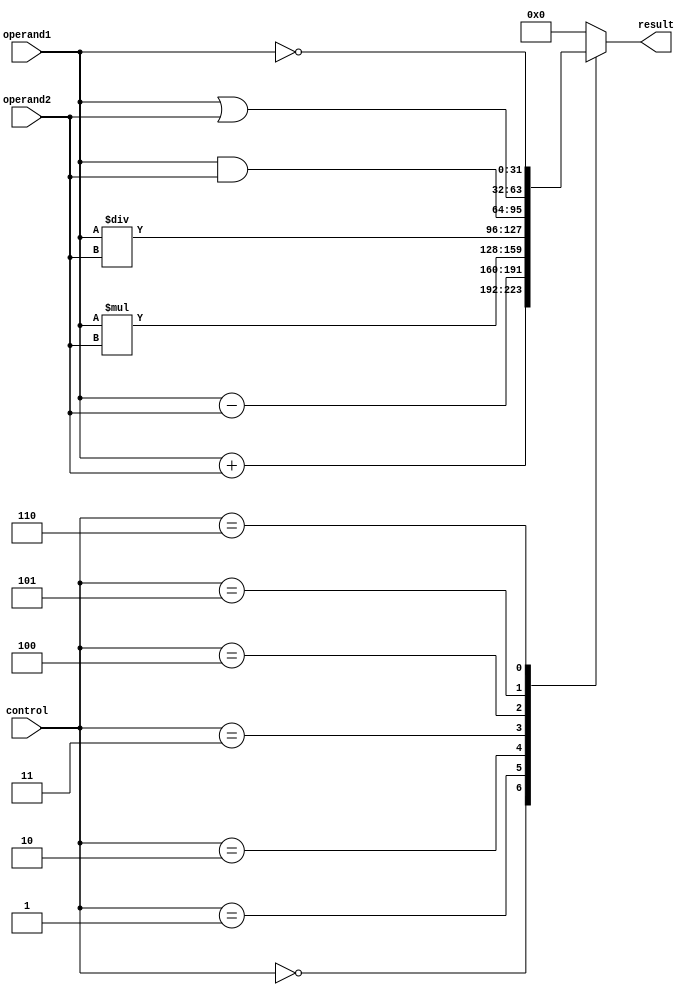
module ALU (
    input [31:0] operand1,
    input [31:0] operand2,
    input [2:0] control,
    output reg [31:0] result
);

always @(*) begin
    case(control)
        3'b000: result = operand1 + operand2;  // Addition
        3'b001: result = operand1 - operand2;  // Subtraction
        3'b010: result = operand1 * operand2;  // Multiplication
        3'b011: result = operand1 / operand2;  // Division
        3'b100: result = operand1 & operand2;  // AND
        3'b101: result = operand1 | operand2;  // OR
        3'b110: result = ~operand1;            // NOT
        default: result = 32'b0;               // Default to zero
    endcase
end

endmodule